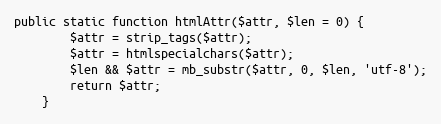
Language: PHP
public static function htmlAttr($attr, $len = 0) {
		$attr = strip_tags($attr);
		$attr = htmlspecialchars($attr);
		$len && $attr = mb_substr($attr, 0, $len, 'utf-8');
		return $attr;
	}